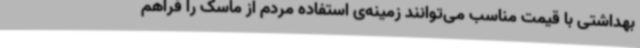
بهداشتی با قیمت مناسب می‌توانند زمینه‌ی استفاده مردم از ماسک را فراهم